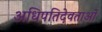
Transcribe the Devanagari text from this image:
अधिपतिदेवताओं